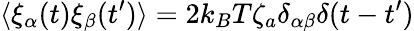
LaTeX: \langle\xi_{\alpha}(t)\xi_{\beta}(t^{\prime})\rangle=2k_{B}T\zeta_{a}\delta_{\alpha\beta}\delta(t-t^{\prime})